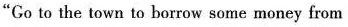
"Go to the town to borrow some money from